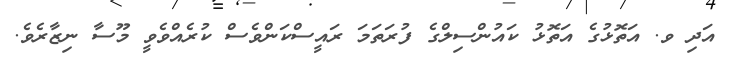
އަދި ވ. އަތޮޅުގެ އަތޮޅު ކައުންސިލްގެ ފުރަތަމަ ރައީސްކަންވެސް ކުރެއްވެވީ މޫސާ ނިޒާރެވެ.